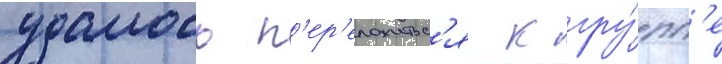
удалось п'ер'еложитьс'я к гру́пп'е